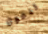
تدعون